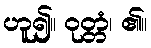
ဟူ၍။ ဝုတ္တံ၊ ၏။